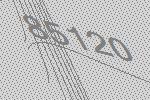
85120